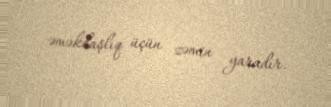
əməkdaşlıq üçün zəmin yaradır.